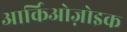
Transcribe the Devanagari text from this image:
आर्किओज़ोइक